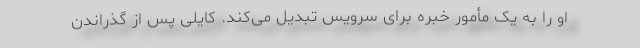
او را به یک مأمور خبره برای سرویس تبدیل می‌کند. کایلی پس از گذراندن